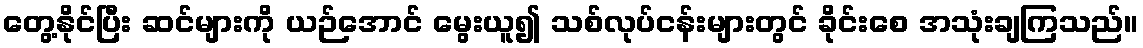
တွေ့နိုင်ပြီး ဆင်များကို ယဉ်အောင် မွေးယူ၍ သစ်လုပ်ငန်းများတွင် ခိုင်းစေ အသုံးချကြသည်။